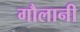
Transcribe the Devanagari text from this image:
गौलानी